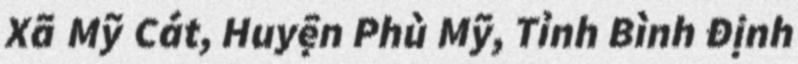
Xã Mỹ Cát, Huyện Phù Mỹ, Tỉnh Bình Định